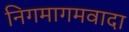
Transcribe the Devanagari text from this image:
निगमागमवादा